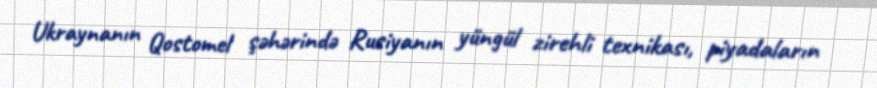
Ukraynanın Qostomel şəhərində Rusiyanın yüngül zirehli texnikası, piyadaların